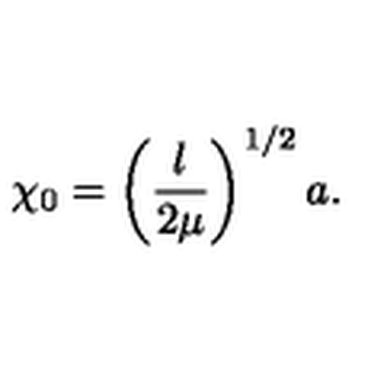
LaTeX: \chi _ { 0 } = \left( \frac { \l } { 2 \mu } \right) ^ { 1 / 2 } a .